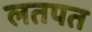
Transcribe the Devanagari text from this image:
लतपत